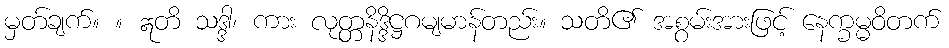
မှတ်ချက်။ ။ ဣတိ သဒ္ဒါ၊ ကား လုတ္တနိဒ္ဒိဋ္ဌဂမျမာန်တည်း။ သတိ၏ အစွမ်းအားဖြင့် နေက္ခမ္မဝိတက်